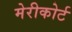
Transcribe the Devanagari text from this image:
मेरीकोर्ट